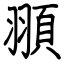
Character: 頨